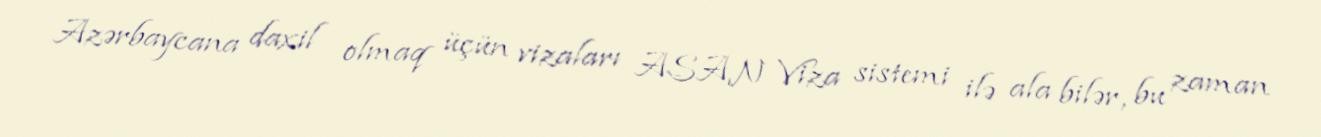
Azərbaycana daxil olmaq üçün vizaları ASAN Viza sistemi ilə ala bilər, bu zaman